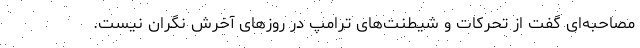
مصاحبه‌ای گفت از تحرکات و شیطنت‌های ترامپ در روزهای آخرش نگران نیست.